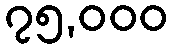
၇၅,၀၀၀